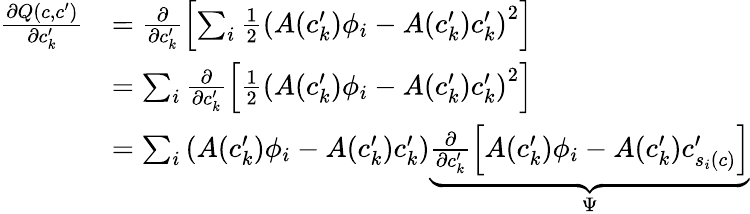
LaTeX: \begin{array}{rl}{\frac{\partial Q(c,c^{\prime})}{\partial c_{k}^{\prime}}}&{=\frac{\partial}{\partial c_{k}^{\prime}}\left[\sum_{i}\frac{1}{2}\left(A(c_{k}^{\prime})\phi_{i}-A(c_{k}^{\prime})c_{k}^{\prime}\right)^{2}\right]}\\ &{=\sum_{i}\frac{\partial}{\partial c_{k}^{\prime}}\left[\frac{1}{2}\left(A(c_{k}^{\prime})\phi_{i}-A(c_{k}^{\prime})c_{k}^{\prime}\right)^{2}\right]}\\ &{=\sum_{i}\left(A(c_{k}^{\prime})\phi_{i}-A(c_{k}^{\prime})c_{k}^{\prime}\right)\underbrace{\frac{\partial}{\partial c_{k}^{\prime}}\left[A(c_{k}^{\prime})\phi_{i}-A(c_{k}^{\prime})c_{s_{i}(c)}^{\prime}\right]}_{\Psi}}\end{array}